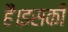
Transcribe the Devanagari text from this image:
हैं।इसकी